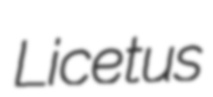
Licetus